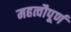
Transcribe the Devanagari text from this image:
महत्वौपूर्ण